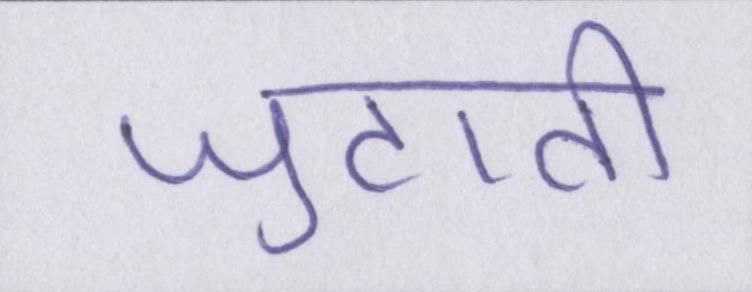
जुटाती